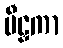
မီဠှကာ